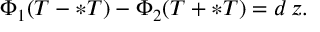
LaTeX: \Phi _ { 1 } ( T - \ast T ) - \Phi _ { 2 } ( T + \ast T ) = d \, z .